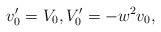
LaTeX: \begin{align*} v_0' = V_0, V_0' = - w^2 v_0,\end{align*}